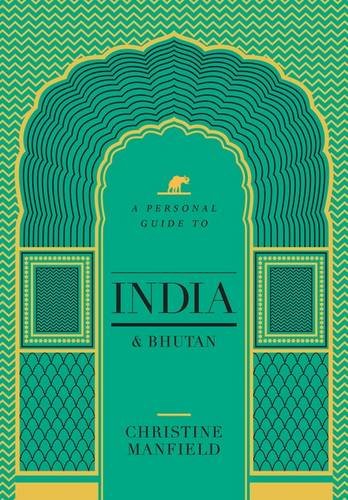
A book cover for A Personal Guide to India and Bhutan; Christine Manfield; Travel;